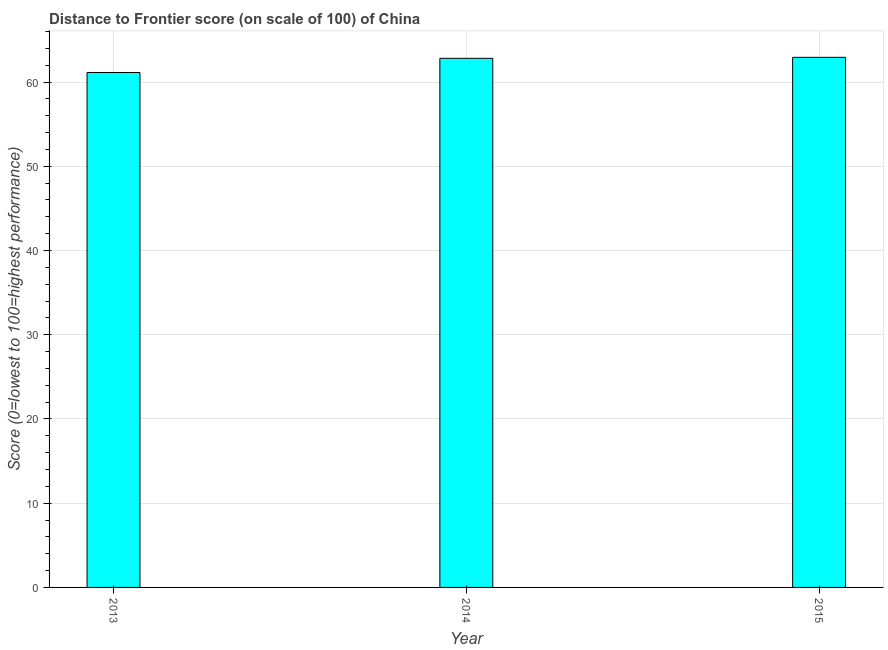
| Year | Distance to frontier score |
 | --- | --- |
 | 2013 | 61.1 |
 | 2014 | 62.8 |
 | 2015 | 62.9 |